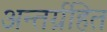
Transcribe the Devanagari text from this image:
अन्तर्ग्रहित